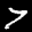
Label: 7